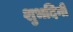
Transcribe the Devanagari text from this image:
शुभदिनीं